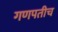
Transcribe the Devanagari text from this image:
गणपतीच